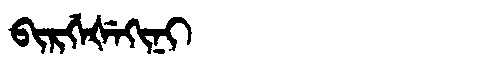
Manchu: ᠪᡳᡵᡤᡝᡧᡝᡴᡳᠨᡳ
Romanization: BIRGEŠEKINI